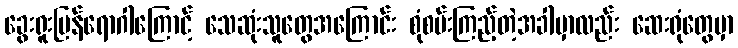
ခွေးရူးပြန်ရောဂါကြောင့် သေဆုံးသူတွေအကြောင်း စုံစမ်းကြည့်တဲ့အခါမှာလည်း ဆေးရုံတွေမှာ